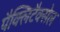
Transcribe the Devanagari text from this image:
पैक्लिटैक्सेल